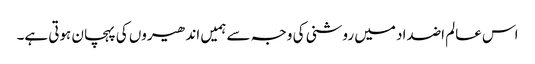
اس عالم اضداد میں روشنی کی وجہ سے ہمیں اندھیروں کی پہچان ہوتی ہے۔